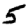
Digit: 5